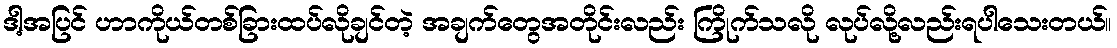
ဒါ့အပြင် ဟာကိုယ်တစ်ခြားထပ်လိုချင်တဲ့ အချက်တွေအတိုင်းလည်း ကြိုက်သလို လုပ်လို့လည်းရပါသေးတယ်။